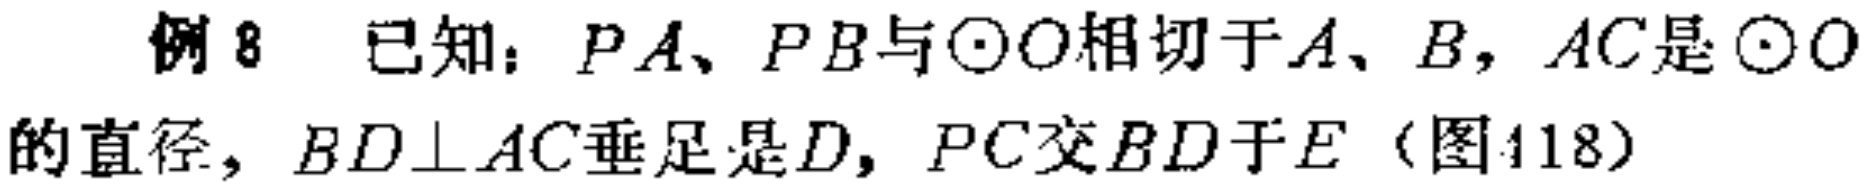
例8 已知：$PA、PB$与$\odot O$相切于$A、B$，$AC$是$\odot O$的直径，$BD\perp AC$垂足是$D$，$PC$交$BD$于$E$（图418）